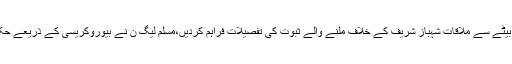
نیب کے افسر کی اہم سیاسی رہنما کے بیٹے سے ملاقات شہباز شریف کے خلاف ملنے والے ثبوت کی تفصیلات فراہم کردیں،مسلم لیگ ن نے بیوروکریسی کے ذریعے حکومت کا سامنا کرنے کا منصوبہ بنالیا ۔